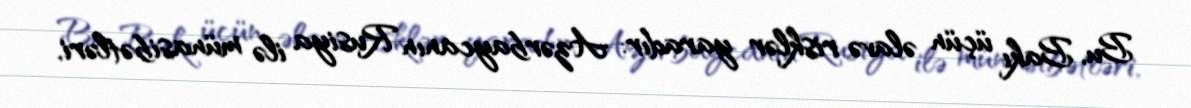
Bu, Bakı üçün əlavə risklər yaradır: Azərbaycanın Rusiya ilə münasibətləri,